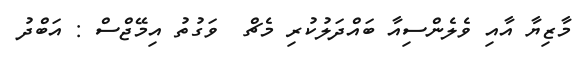
މާޒިޔާ އާއި ވެލެންސިއާ ބައްދަލުކުރި މެޗް  ވަގުތު އިމޭޖްސް : އަބްދު